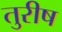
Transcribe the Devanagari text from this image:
तुरीष